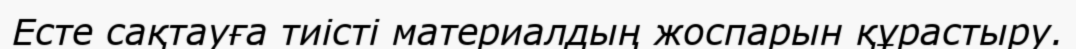
Есте сақтауға тиісті материалдың жоспарын құрастыру.